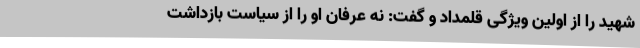
شهید را از اولین ویژگی قلمداد و گفت: نه عرفان او را از سیاست بازداشت